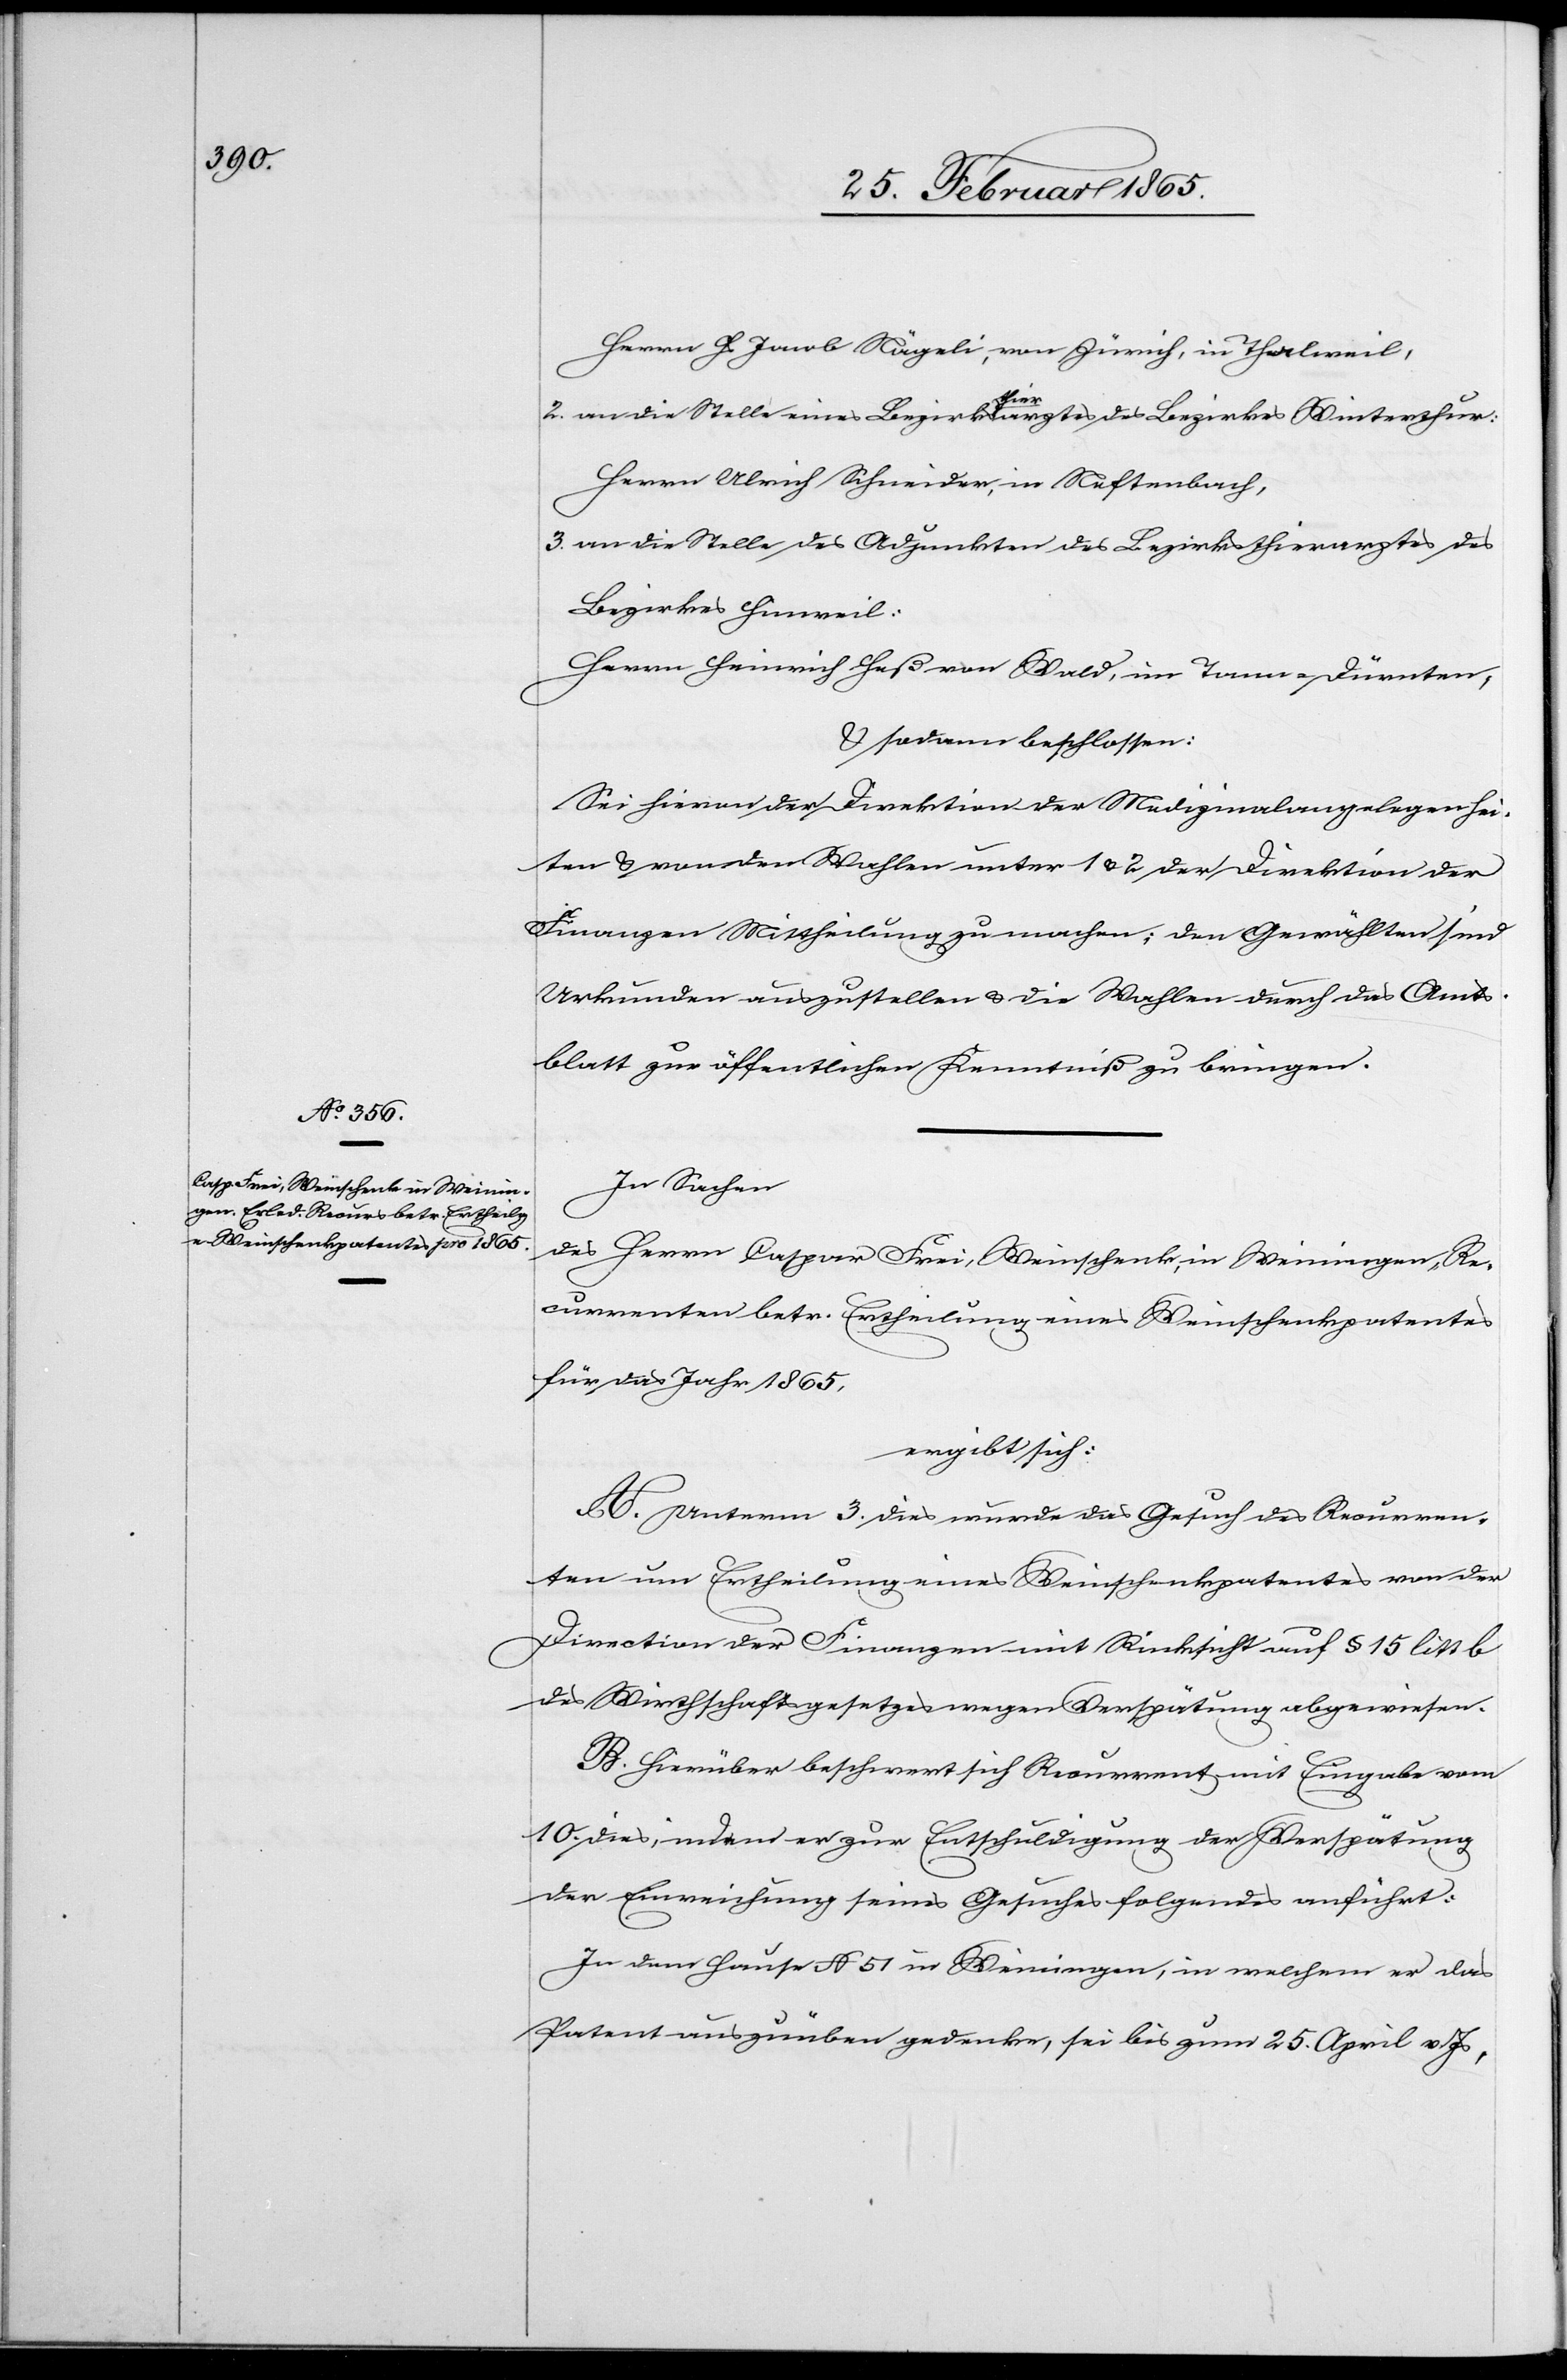
Herrn Hs Jacob Nägeli, von Zürich, in Thalweil,
2. an die Stelle eines Bezirksthierarztes des Bezirkes Winterthur:
Herrn Ulrich Schneider, in Neftenbach,
3. an die Stelle des Adjunkten des Bezirksthierarztes des
Bezirkes Hinweil:
Herrn Heinrich Heß von Wald, im Tann-Dürnten,
u. sodann beschlossen:
Sei hievon der Direktion der Medizinalangelegenhei¬
ten u. von den Wahlen unter 1 u. 2 der Direktion der
Finanzen Mittheilung zu machen; den Gewählten sind
Urkunden auszustellen u. die Wahlen durch das Amts¬
blatt zur öffentlichen Kenntniß zu bringen.
In Sachen
des Herrn Caspar Frei, Weinschenk, in Weiningen, Re¬
currenten betr. Ertheilung eines Weinschenkpatentes
für das Jahr 1865,
ergibt sich:
A. Unterm 3. dies wurde das Gesuch des Recurren¬
ten um Ertheilung eines Weinschenkpatentes von der
Direction der Finanzen mit Rücksicht auf § 15 litt b
des Wirthschaftsgesetzes wegen Verspätung abgewiesen.
B. Hierüber beschwert sich Recurrent mit Eingabe vom
10. dies, indem er zur Entschuldigung der Verspätung
der Einreichung seines Gesuches folgendes anführt:
In dem Hause N 51 in Weiningen, in welchem er das
Patent auszuüben gedenke, sei bis zum 25. April v. Js,